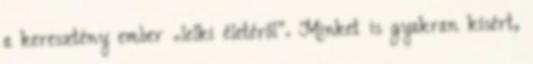
a keresztény ember „lelki életéről”. Minket is gyakran kísért,